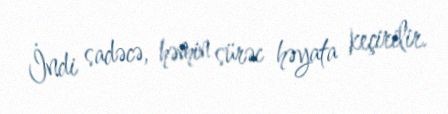
İndi sadəcə, həmin sürəc həyata keçirilir.